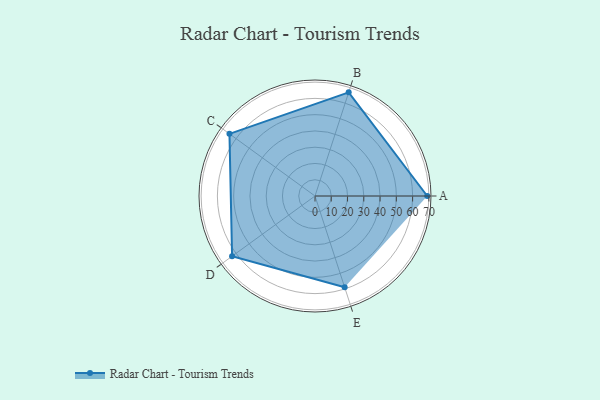
{"axis": {"x": "Skill", "y": "Score"}, "legend": ["Profile"], "data": [{"x": "A", "y": 69.0, "type": "Profile"}, {"x": "B", "y": 67.0, "type": "Profile"}, {"x": "C", "y": 65.0, "type": "Profile"}, {"x": "D", "y": 63.0, "type": "Profile"}, {"x": "E", "y": 59.0, "type": "Profile"}]}